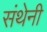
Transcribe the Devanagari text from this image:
संथेनी